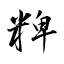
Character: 粺